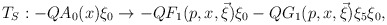
\begin{align*}T_{S}:-QA_{0}(x)\xi _{0}\rightarrow -QF_{1}(p,x,\vec{\xi})\xi_{0}-QG_{1}(p,x,\vec{\xi})\xi _{5}\xi _{0}, \end{align*}